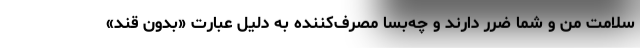
سلامت من و شما ضرر دارند و چه‌بسا مصرف‌کننده به دلیل عبارت «بدون قند»